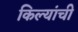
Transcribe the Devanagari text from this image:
किल्यांची